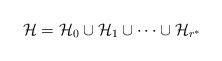
LaTeX: \begin{align*} \mathcal{H}=\mathcal{H}_0\cup\mathcal{H}_1\cup\cdots \cup\mathcal{H}_{r^*}\end{align*}